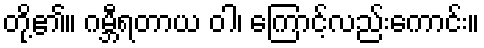
တို့၏။ ဂမ္ဘီရတာယ ဝါ၊ ကြောင့်လည်းကောင်း။